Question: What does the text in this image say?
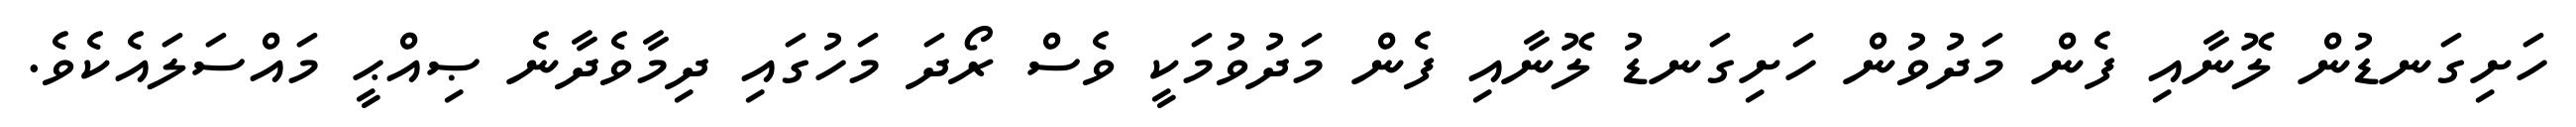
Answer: ހަށިގަނޑުން ލޮނާއި ފެން މަދުވުން ހަށިގަނޑު ލޮނާއި ފެން މަދުވުމަކީ ވެސް ރޯދަ މަހުގައި ދިމާވެދާނެ ޞިއްޙީ މައްސަލައެކެވެ.